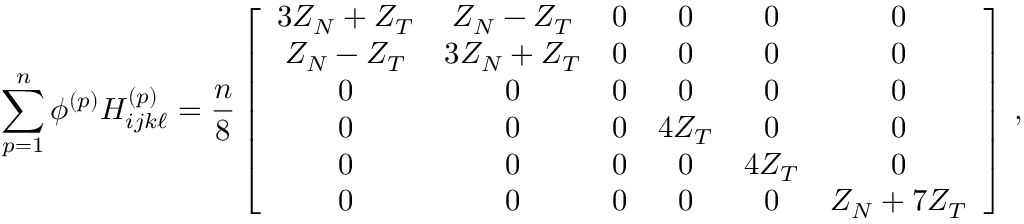
\sum _ { p = 1 } ^ { n } \phi ^ { ( p ) } H _ { i j k \ell } ^ { ( p ) } = \frac { n } { 8 } \left[ \begin{array} { c c c c c c } { 3 Z _ { N } + Z _ { T } } & { Z _ { N } - Z _ { T } } & { 0 } & { 0 } & { 0 } & { 0 } \\ { Z _ { N } - Z _ { T } } & { 3 Z _ { N } + Z _ { T } } & { 0 } & { 0 } & { 0 } & { 0 } \\ { 0 } & { 0 } & { 0 } & { 0 } & { 0 } & { 0 } \\ { 0 } & { 0 } & { 0 } & { 4 Z _ { T } } & { 0 } & { 0 } \\ { 0 } & { 0 } & { 0 } & { 0 } & { 4 Z _ { T } } & { 0 } \\ { 0 } & { 0 } & { 0 } & { 0 } & { 0 } & { Z _ { N } + 7 Z _ { T } } \end{array} \right] \, ,